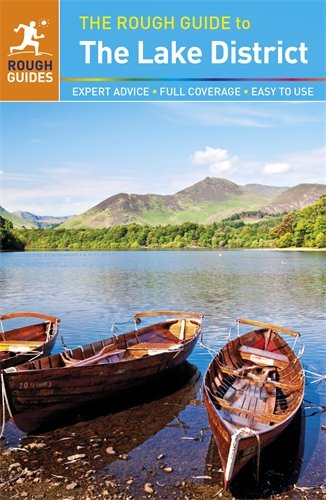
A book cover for The Rough Guide to the Lake District; Jules Brown; Travel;